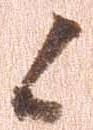
候